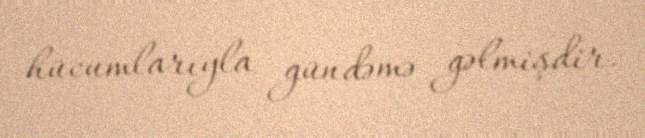
hücumlarıyla gündəmə gəlmişdir.